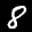
Label: 8